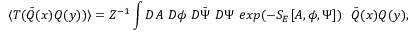
\langle T ( \bar { Q } ( x ) Q ( y ) ) \rangle = Z ^ { - 1 } \int D A ~ D \phi ~ D \bar { \Psi } ~ D \Psi ~ e x p ( - S _ { E } [ A , \phi , \Psi ] ) ~ ~ \bar { Q } ( x ) Q ( y ) ,